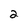
Character: 2